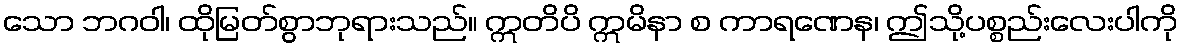
သော ဘဂဝါ၊ ထိုမြတ်စွာဘုရားသည်။ ဣတိပိ ဣမိနာ စ ကာရဏေန၊ ဤသို့ပစ္စည်းလေးပါကို